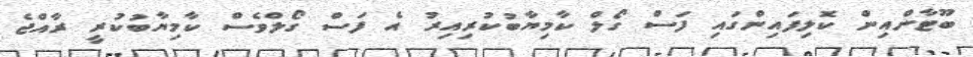
ބޫޓާންއިން ކޮލިފައިންގައި ފަސް ގޯލް ކާމިޔާބުކުރިއިރު އެ ފަސް ގޯލްވެސް ކާމިޔާބުކުރީ ރާއްޖެ